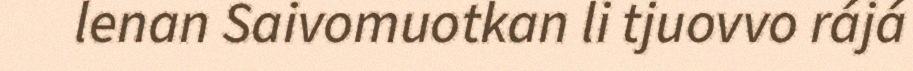
lenan Saivomuotkan li tjuovvo rájá